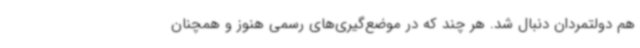
هم دولتمردان دنبال شد. هر چند که در موضع‌گیری‌های رسمی هنوز و همچنان